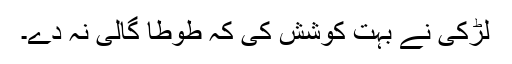
لڑکی نے بہت کوشش کی کہ طوطا گالی نہ دے۔